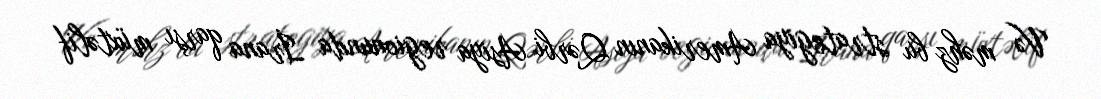
Və məhz bu strategiya Amerikanın Qərbi Asiya regionunda İrana qarşı müxtəlif